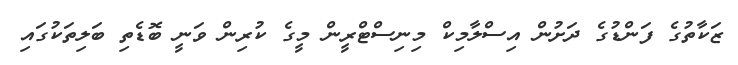
ޒަކާތުގެ ފަންޑުގެ ދަށުން އިސްލާމިކް މިނިސްޓްރީން މީގެ ކުރިން ވަނީ ބޮޑެތި ބަލިތަކުގައި